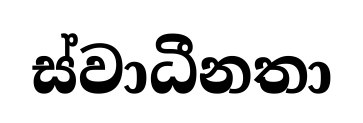
ස්වාධීනතා